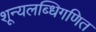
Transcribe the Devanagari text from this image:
शून्यलब्धिगणित